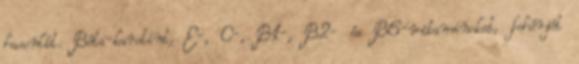
hasonlít. Béta-karotint, E-, C-, B1-, B2- és B6-vitaminokat, fehérjét